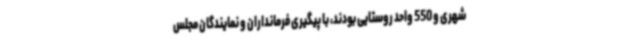
شهری و 550 واحد روستایی بودند، با پیگیری فرمانداران و نمایندگان مجلس